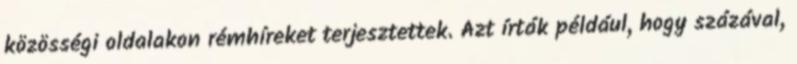
közösségi oldalakon rémhíreket terjesztettek. Azt írták például, hogy százával,